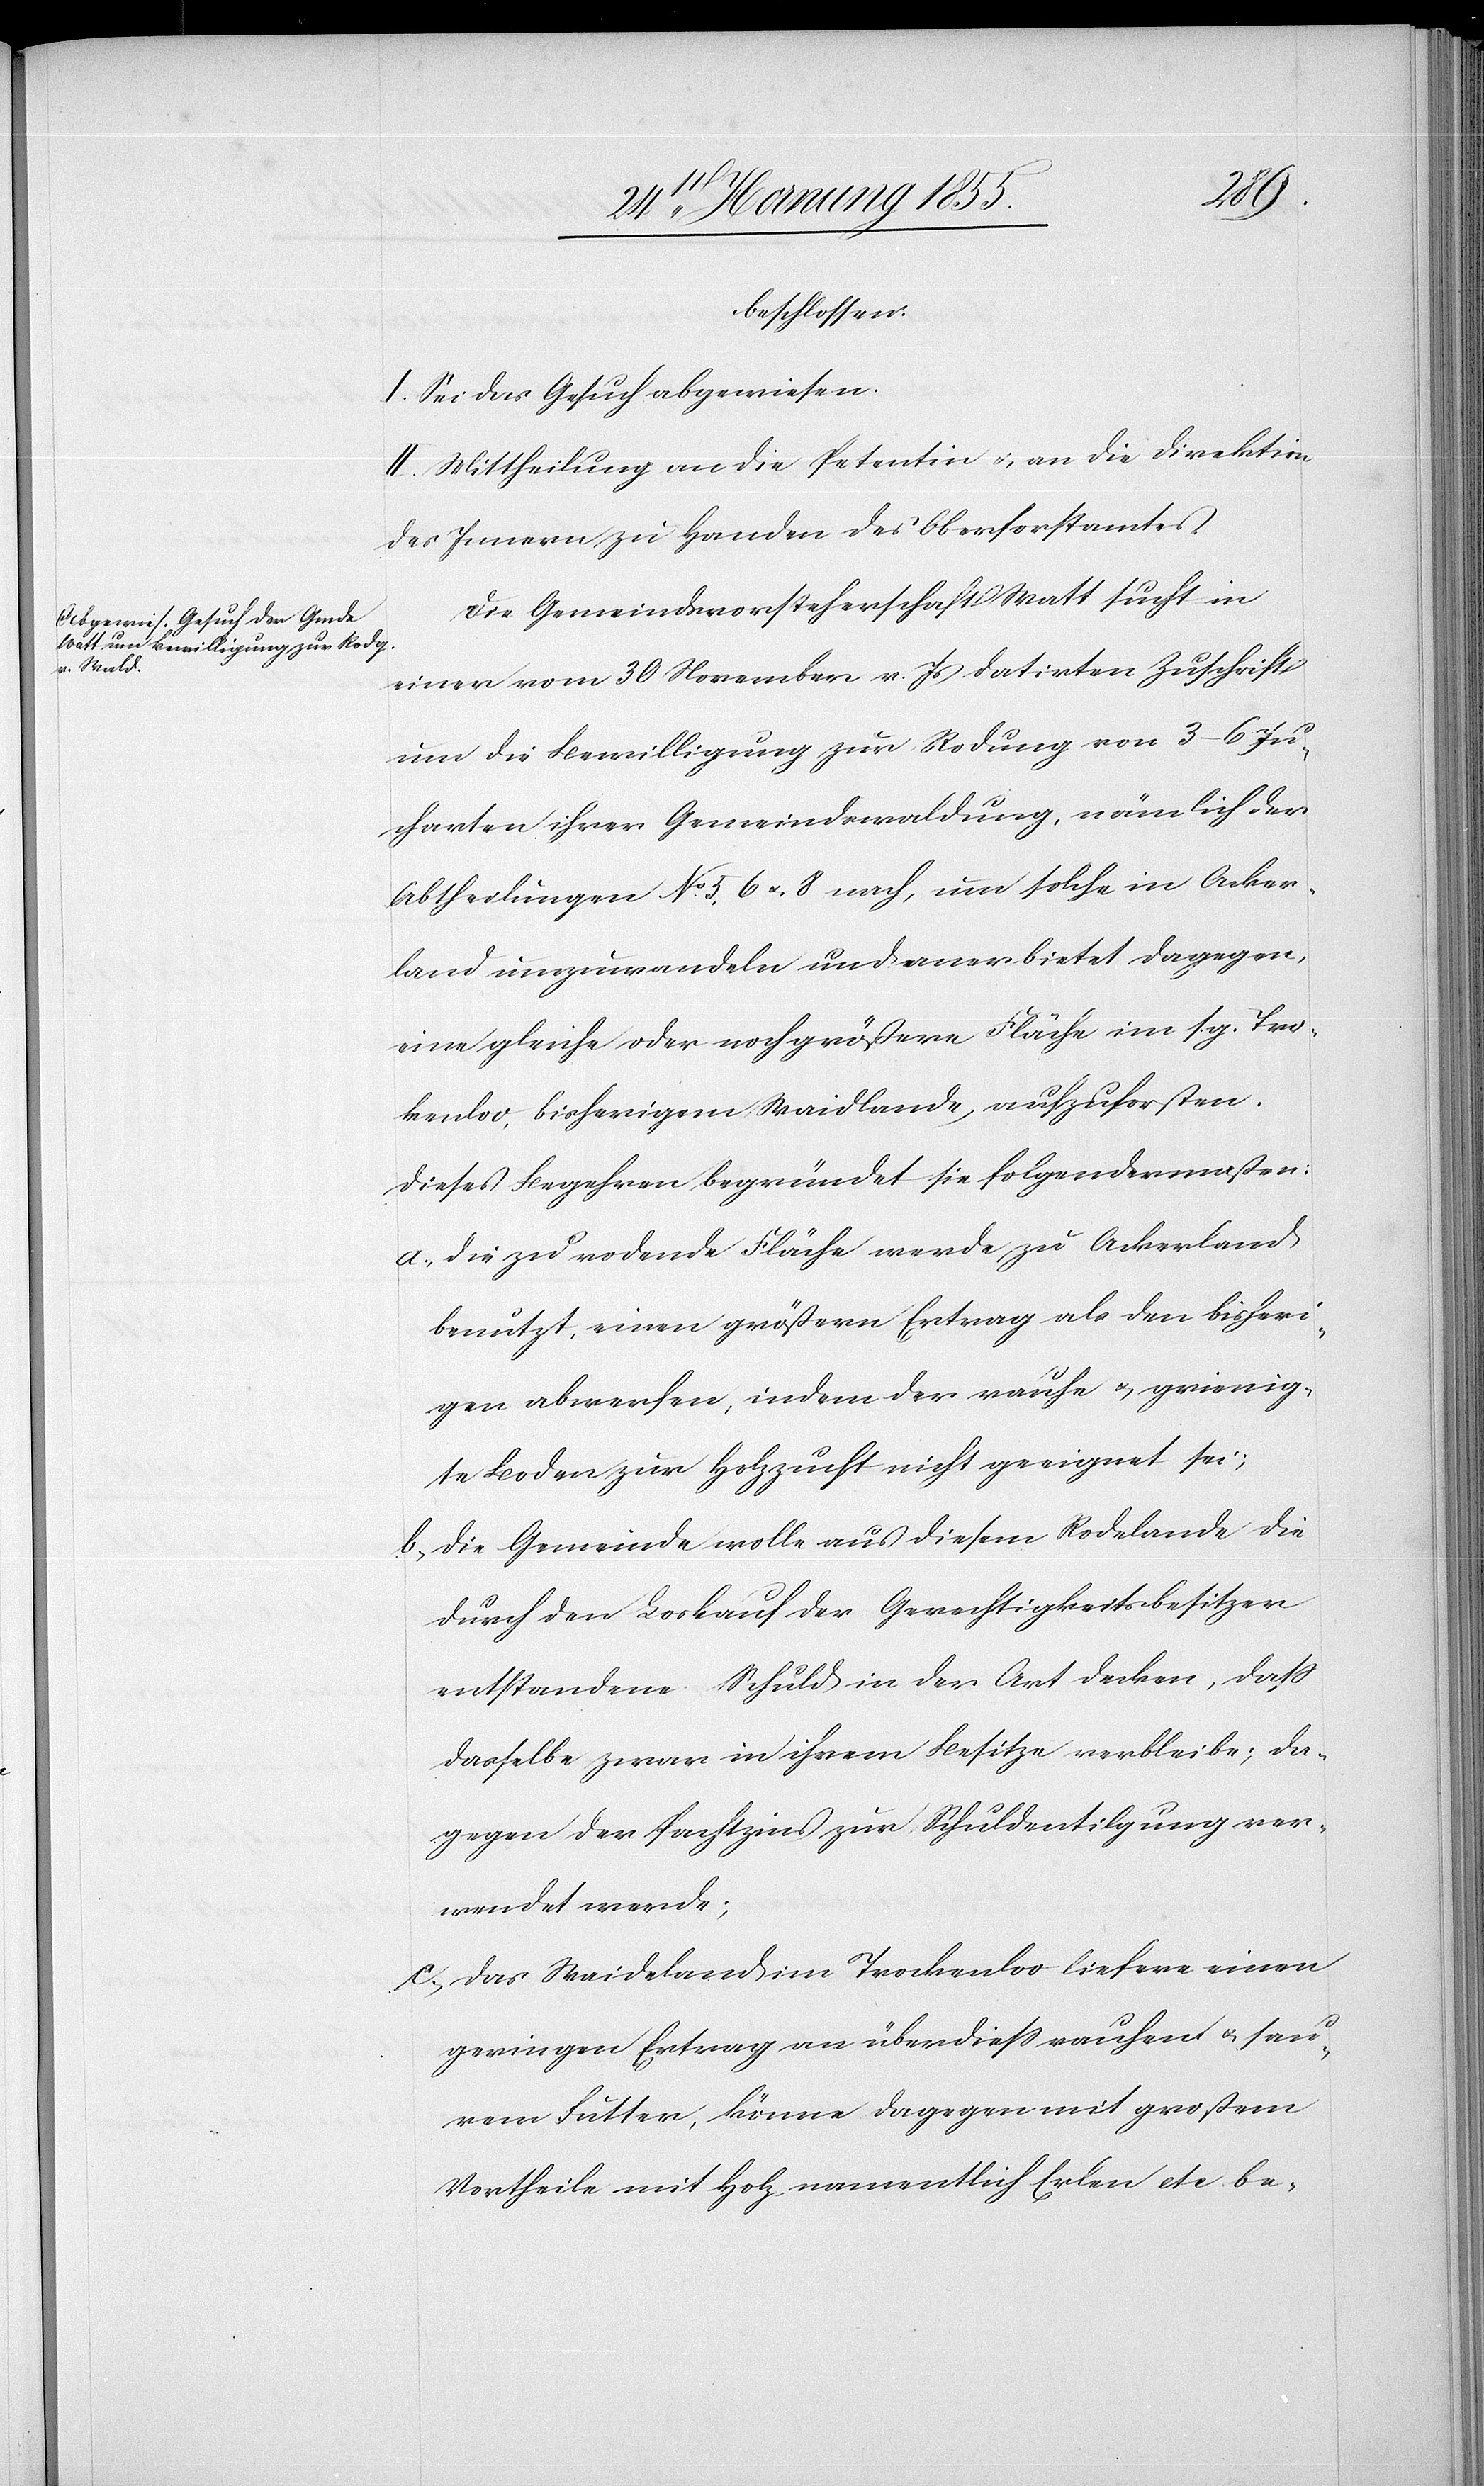
beschlossen:
I. Sei das Gesuch abgewiesen.
II. Mittheilung an die Petentin & an die Direktion
des Innern zu Handen des Oberforstamtes.
Die Gemeindsvorsteherschaft Watt sucht in
einer vom 30 November v. Js datirten Zuschrift
um die Bewilligung zur Rodung von 3–6 Ju¬
charten ihrer Gemeindswaldung, nämlich der
Abtheilungen No. 5, 6 & 8 nach, um solche in Acker¬
land umzuwandeln und anerbietet dagegen,
eine gleiche oder noch größere Fläche im s. g. Tro¬
kenloo, bisherigem Waidlande, aufzuforsten.
Dieses Begehren begründet sie folgendermaßen:
Die zu rodende Fläche werde zu Ackerland
benutzt, einen größern Ertrag als den bisheri¬
gen abwerfen, indem der rauhe & grienig¬
te Boden zur Holzzucht nicht geeignet sei;
Die Gemeinde wolle aus diesem Rodelande die
durch den Loskauf der Gerechtigkeitsbesitzer
entstandene Schuld in der Art decken, daß
dasselbe zwar in ihrem Besitze verbleibe; da¬
gegen der Pachtzins zur Schuldentilgung ver¬
wendet werde;
Das Waideland im Trockenloo liefere einen
geringen Ertrag an überdiess rauhen & sau¬
rem Futter, könne dagegen mit großem
Vortheile mit Holz namentlich Erlen etc. be-